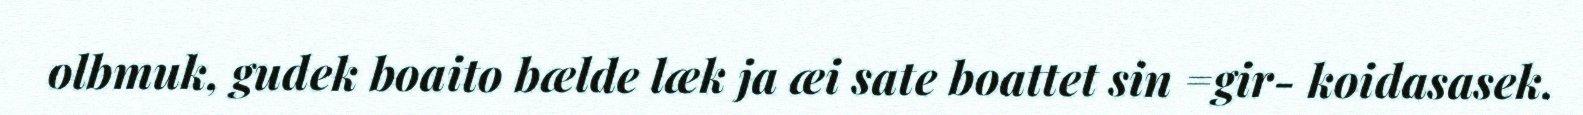
olbmuk, gudek boaito bælde læk ja æi sate boattet sin =gir- koidasasek.